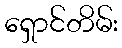
ရှောင်တိမ်း